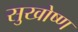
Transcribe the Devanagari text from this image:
सुखोष्ण